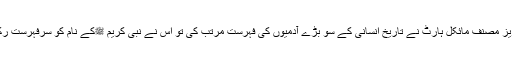
انگریز مصنف مائکل ہارٹ نے تاریخ انسانی کے سو بڑے آدمیوں کی فہرست مرتب کی تو اس نے نبی کریم ﷺکے نام کو سرفہرست رکھا ۔